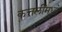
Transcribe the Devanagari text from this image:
कत्तलींमध्ये